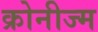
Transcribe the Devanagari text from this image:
क्रोनीज्म